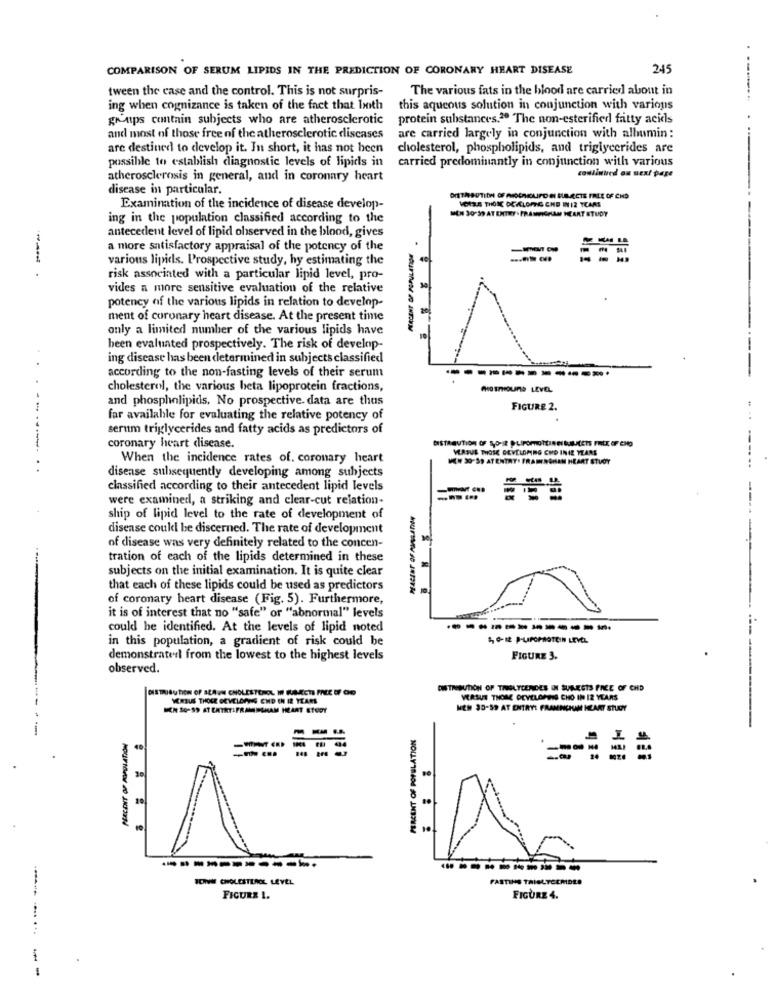
COMPARISON OF SERUM LIPIDS IN THE PREDICTION OF CORONARY HEART DISEASE
2.45
tween the case and the control. This is not surpris-
The various fats in the blood are carried about in
ing when cognizance is taken of the fact that both
this aqueous solution in conjunction with various
grips contain subjects who are atherosclerotic
protein substances.20 The non-esterifiedl fatty acids
and most of those free of the atherosclerotic discases
are carried largely in conjunction with albumin :
are destined to develop it. In short, it has not been
cholesterol, phospholipids, and triglycerides are
possible to establish diagnostic levels of lipids in
carried predominantly in conjunction with various
continued on next page
atherosclerosis in general, and in coronary heart
disease in particular.
VOILE THOSE DEALOFNG CHO IN12 TEAM
Examination of the incidence of disease develop-
MEN 30 39 AT ENTRY . FRASIMIGHAM HEART STUDY
ing in the population classified according to the
antecedent level of lipid ohserved in the blood, gives
a more satisfactory appraisal of the potency of the
various lipids. Prospective study, hy estimating the
risk associated with a particular lipid level, pro-
vides a more sensitive evaluation of the relative
potency of the various lipids in relation to develop-
ment of coronary heart disease. At the present time
only a limited number of the various lipids have
10
been evaluated prospectively. The risk of develop-
ing disease has been determined in subjects classified
according to the non-fasting levels of their serum
---------..
cholesterol, the various beta lipoprotein fractions,
....
and phospholipids. No prospective. data are thus
FIGURE 2.
far available for evaluating the relative potency of
serum triglycerides and fatty acids as predictors of
coronary heart disease.
VERSUS THOSE DEVELOPING CHO INIE YEARS
When the incidence rates of. coronary heart
MEN 30-59 ATENTRY. FRAMERSHAM HEART STUDY
disease subsequently developing among subjects
classified according to their antecedent lipid levels
were examined, a striking and clear-cut relation-
---
ship of lipid level to the rate of development of
disease could be discerned. The rate of development
of disease was very definitely related to the concen-
tration of each of the lipids determined in these
subjects on the initial examination. It is quite clear
that each of these lipids could be used as predictors
of coronary heart disease (Fig. 5). Furthermore,
it is of interest that no "safe" or "abnormal" levels
could be identified. At the levels of lipid noted
in this population, a gradient of risk could be
demonstraterl from the lowest to the highest levels
FIGURE 3.
observed.
DISTRIBUTION OF THELYCERIDES IN SUREETS FREE OF CHD
VERSUS THOCE GEVELDANS CHD EN IR YEARS
VERSUS THOME DEVELOPERS CHO IN 12 YEARS
MEN SAP 59 AT CATRT:FRAMINGHAM HEART STUDY
NEM 30-S9 AT ENTRY! FRAMINGHAM HEART STUDY
---
PERCENT OF POPULATION
PERCENT OF POPULATION
===
20
1.
-----------
SONVM CHOLESTEROL LEVEL
FASTING TRIGLYCERIDES
FIGURE 1.
FIGURE 4.
------ --